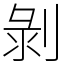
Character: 剝